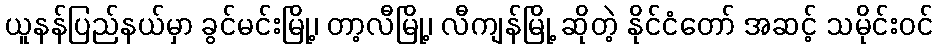
ယူနန်ပြည်နယ်မှာ ခွင်မင်းမြို့၊ တာ့လီမြို့၊ လီကျန်မြို့ ဆိုတဲ့ နိုင်ငံတော် အဆင့် သမိုင်းဝင်